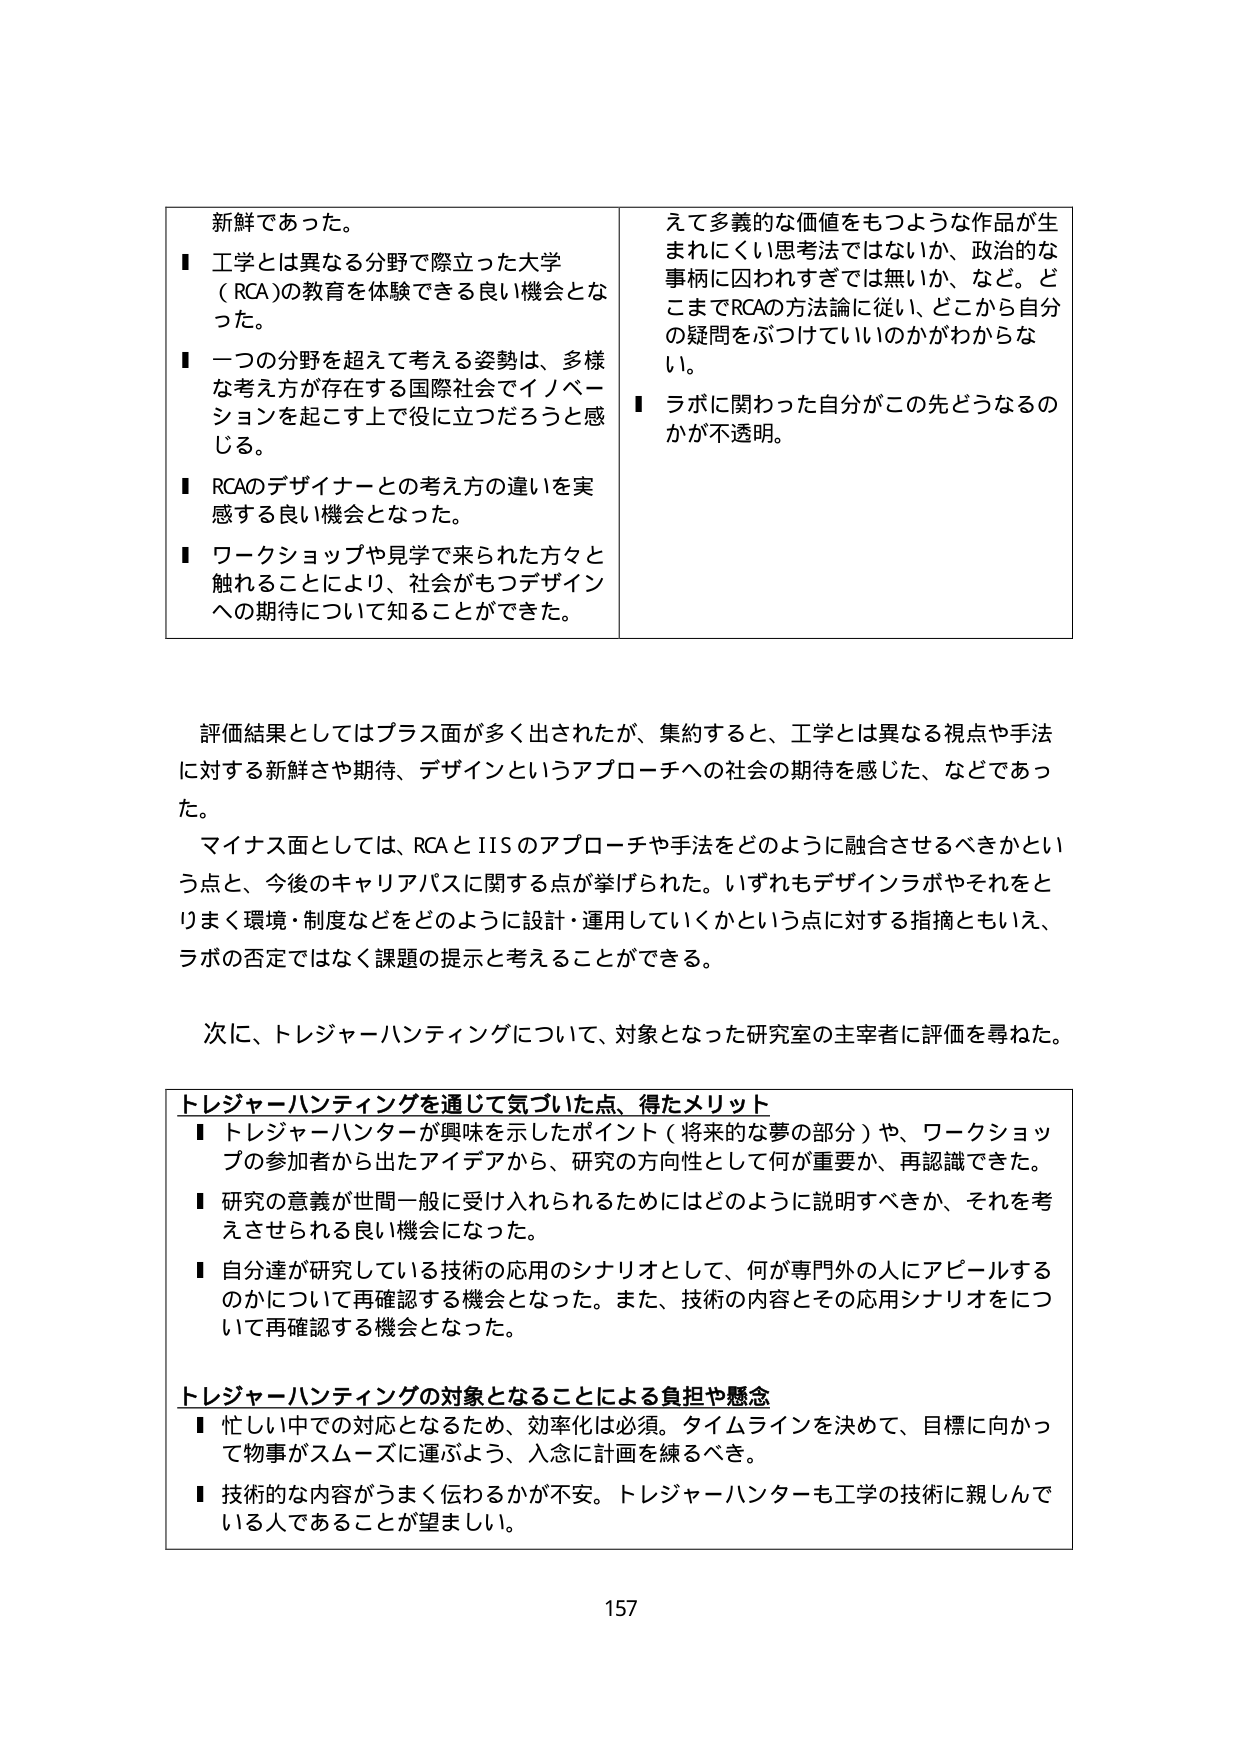
新鮮であった。
■ 工学とは異なる分野で際立った大学（RCA）の教育を体験できる良い機会となった。
■ 一つの分野を超えて考える姿勢は、多様な考え方が存在する国際社会でイノベーションを起こす上で役に立つだろうと感じる。
■ RCAのデザイナーとの考え方の違いを実感する良い機会となった。
■ ワークショップや見学で来られた方々と触れることにより、社会がもつデザインへの期待について知ることができた。

えて多義的な価値をもつような作品が生まれにくい思考法ではないか、政治的な事柄に囚われすぎでは無いか、など。どこまでRCAの方法論に従い、どこから自分の疑問をぶつけているのかがわからない。
■ ラボに関わった自分がこの先どうなるのかが不透明。

評価結果としてはプラス面が多く出されたが、集約すると、工学とは異なる視点や手法に対する新鮮さや期待、デザインというアプローチへの社会の期待を感じた、などであった。
マイナス面としては、RCAとIISのアプローチや手法をどのように融合させるべきかという点と、今後のキャリアパスに関する点が挙げられた。いずれもデザインラボやそれをとりまく環境・制度などをどのように設計・運用していくかという点に対する指摘ともいえ、ラボの否定ではなく課題の提示と考えることができる。

次に、トレジャーハンティングについて、対象となった研究室の主宰者に評価を尋ねた。

トレジャーハンティングを通じて気づいた点、得たメリット
■ トレジャーハンターが興味を示したポイント（将来的な夢の部分）や、ワークショップの参加者から出たアイデアから、研究の方向性として何が重要か、再認識できた。
■ 研究の意義が世間一般に受け入れられるためにはどのように説明すべきか、それを考えさせられる良い機会になった。
■ 自分達が研究している技術の応用のシナリオとして、何が専門外の人にアピールするのかについて再確認する機会となった。また、技術の内容とその応用シナリオについて再確認する機会となった。

トレジャーハンティングの対象となることによる負担や懸念
■ 忙しい中での対応となるため、効率化は必須。タイムラインを決めて、目標に向かって物事がスムーズに運ぶよう、入念に計画を練るべき。
■ 技術的な内容がうまく伝わるかが不安。トレジャーハンターも工学の技術に親しんでいる人であることが望ましい。

157